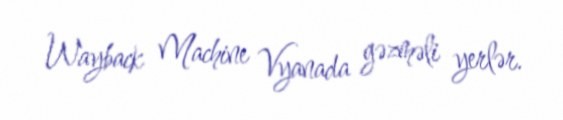
Wayback Machine Vyanada gəzməli yerlər.